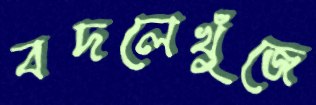
বদলেখুঁজে